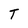
Character: T